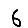
Digit: 6